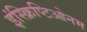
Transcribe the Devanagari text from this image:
इंस्क्रिप्टिओनम